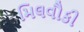
મિલવૌકી